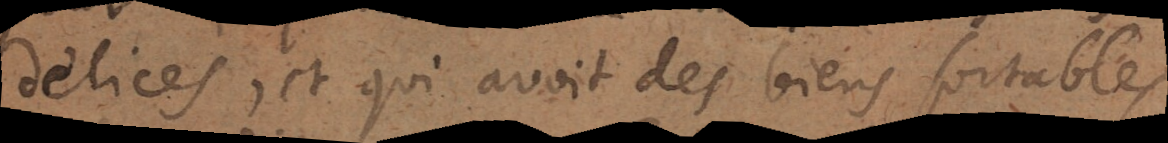
délices, et qui avoit des biens sortables